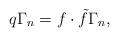
LaTeX: \begin{align*}q \Gamma_{n} = f \cdot \tilde f \Gamma_{n},\end{align*}